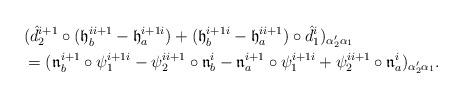
LaTeX: \begin{align*}\aligned&(\hat d_{2}^{i+1} \circ( \frak h_b^{i i+1} -\frak h_a^{i+1 i})+ (\frak h_b^{i+1 i} - \frak h_a^{i i+1})\circ \hat d_{1}^{i})_{\alpha'_2\alpha_1}\\&= (\frak n_b^{i+1} \circ \psi_1^{i+1 i} - \psi_2^{ii+1}\circ \frak n_b^{i}-\frak n_a^{i+1} \circ \psi_1^{i+1 i} + \psi_2^{ii+1}\circ \frak n_a^{i})_{\alpha'_2\alpha_1}.\endaligned\end{align*}